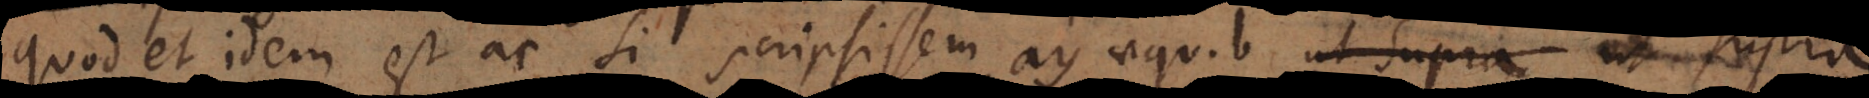
quod et idem est ac si scripsissem ay aequ. b ut supra